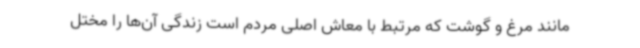
مانند مرغ و گوشت که مرتبط با معاش اصلی مردم است زندگی آن‌ها را مختل